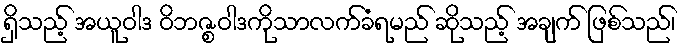
ရှိသည့် အယူဝါဒ ဝိဘဇ္စဝါဒကိုသာလက်ခံရမည် ဆိုသည့် အချက် ဖြစ်သည်၊